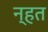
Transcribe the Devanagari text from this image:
न्हत